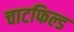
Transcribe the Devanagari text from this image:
चाटफिल्ड